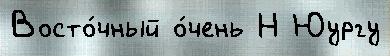
Восто́чный о́чень Н Юургу